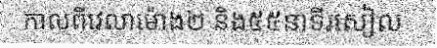
កាលពីវេលាម៉ោង២ និង៥៥នាទីរសៀល